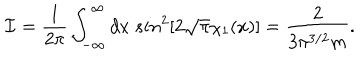
{ \cal I } = \frac { 1 } { 2 \pi } \int _ { - \infty } ^ { \infty } d x \ s i n ^ { 2 } [ 2 \sqrt { \pi } \chi _ { 1 } ( x ) ] = \frac { 2 } { 3 \pi ^ { 3 / 2 } m } .